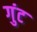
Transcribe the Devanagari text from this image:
गुंट